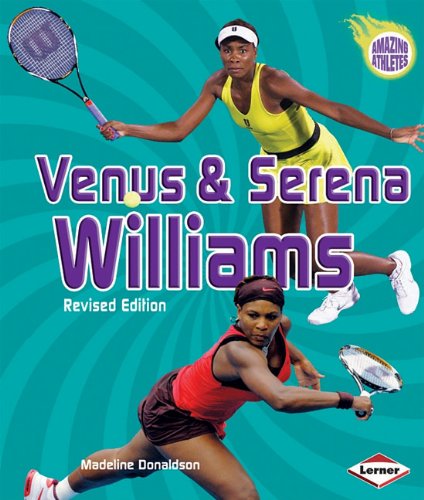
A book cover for Venus & Serena Williams (2nd Revised Edition) (Amazing Athletes); Madeline Donaldson; Children's Books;